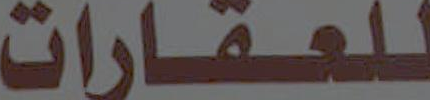
للعقارات